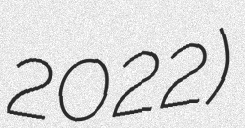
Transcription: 2022)